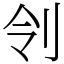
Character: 刢